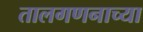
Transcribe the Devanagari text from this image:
तालगणनाच्या